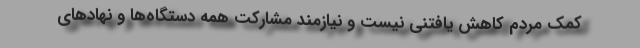
کمک مردم کاهش یافتنی نیست و نیازمند مشارکت همه دستگاه‌ها و نهادهای